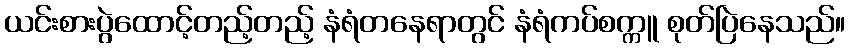
ယင်းစားပွဲထောင့်တည့်တည့် နံရံတနေရာတွင် နံရံကပ်စက္ကူ စုတ်ပြဲနေသည်။